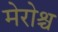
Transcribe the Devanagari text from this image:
मेरोश्च